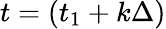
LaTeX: t=\left(t_{1}+k\Delta\right)